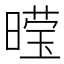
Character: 𮲩